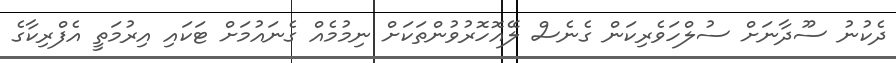
ދެކުނު ސޫދާނަށް ސުލްހަވެރިކަން ގެނެސް ލޭއޮހޮރުވުންތަކަށް ނިމުމެއް ގެނައުމަށް ޓަކައި އިރުމަތީ އެފްރިކާގެ